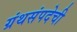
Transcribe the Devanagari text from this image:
ग्रंथसंपदेची